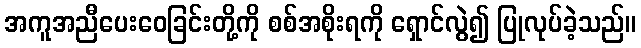
အကူအညီပေးဝေခြင်းတို့ကို စစ်အစိုးရကို ရှောင်လွဲ၍ ပြုလုပ်ခဲ့သည်။